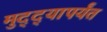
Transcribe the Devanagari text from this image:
मुद्द्‍यापर्यंत